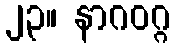
၂၃။ နာဂဝဂ္ဂ